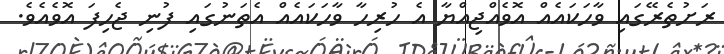
ރަށުތެރޭގައި ވާހަކައެއް އޮވެއްޖިއްޔާ އެ ހުރިހާ ވާހަކައެއް އެތަނުގައި ފުނި ޖެހިފަ އޮވެއެވެ.